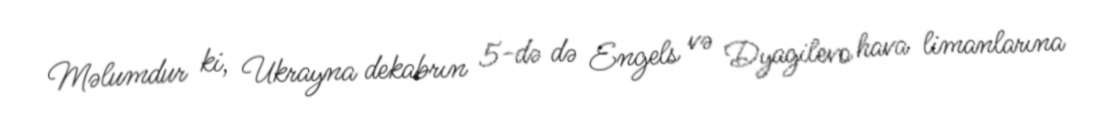
Məlumdur ki, Ukrayna dekabrın 5-də də Engels və Dyagilevo hava limanlarına